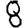
Digit: 8